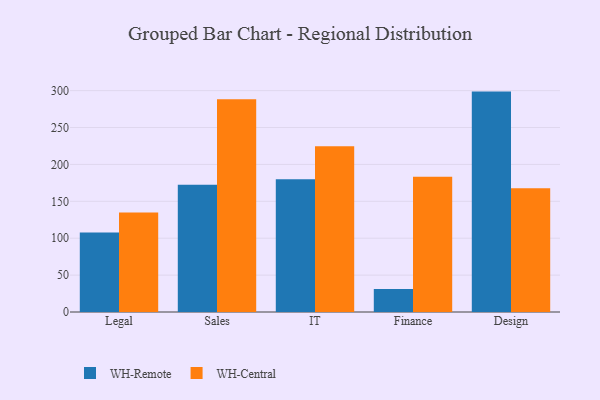
{"axis": {"x": "Department", "y": "Bounce Rate (%)"}, "legend": ["WH-Central", "WH-Remote"], "data": [{"x": "Legal", "y": 107.9, "type": "WH-Remote"}, {"x": "Legal", "y": 135.0, "type": "WH-Central"}, {"x": "Sales", "y": 172.3, "type": "WH-Remote"}, {"x": "Sales", "y": 288.5, "type": "WH-Central"}, {"x": "IT", "y": 179.9, "type": "WH-Remote"}, {"x": "IT", "y": 224.5, "type": "WH-Central"}, {"x": "Finance", "y": 31.1, "type": "WH-Remote"}, {"x": "Finance", "y": 183.3, "type": "WH-Central"}, {"x": "Design", "y": 298.7, "type": "WH-Remote"}, {"x": "Design", "y": 167.6, "type": "WH-Central"}]}